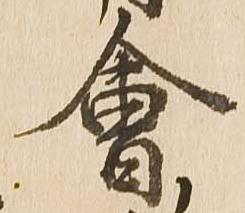
会